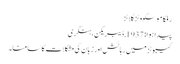
رفکا موسکووٹز گلاٹز
پیدا ہوا: 1937, ڈیبریکن، ہنگری
کیبوٹز میں رہائش اور زبان کی مشکلات کا سامنا۔